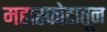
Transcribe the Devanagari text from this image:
महास्फोटातून